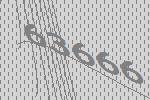
63666